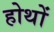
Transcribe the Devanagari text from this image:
होथों